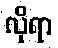
လိုရာ